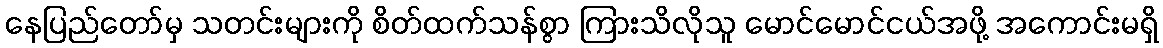
နေပြည်တော်မှ သတင်းများကို စိတ်ထက်သန်စွာ ကြားသိလိုသူ မောင်မောင်ငယ်အဖို့ အကောင်းမရှိ